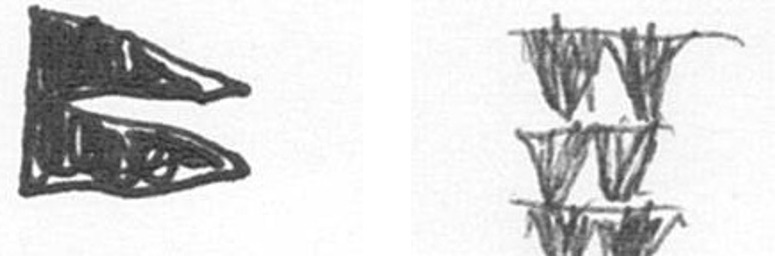
P Y